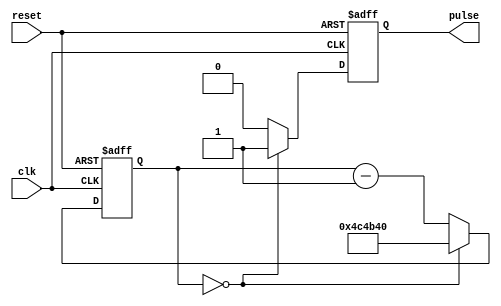
`timescale 1us / 1ns
//////////////////////////////////////////////////////////////////////////////////
// Company: 
// Engineer: 
// 
// Design Name: 
// Module Name: clock_divider
// Project Name: 
// Target Devices: 
// Tool Versions: 
// Description: 
// 
// Dependencies: 
// 
// Revision:
// Revision 0.01 - File Created
// Additional Comments:
// 
//////////////////////////////////////////////////////////////////////////////////


module clock_divider(
    input wire clk,
    input wire reset,
    output reg pulse // 1-clk long pulse every whateverlong
    );

parameter MAX_COUNT = 5000000;
parameter CTR_WIDTH = 24;

reg [CTR_WIDTH-1:0] count;

always @( negedge clk, posedge reset ) begin

    if ( reset ) begin
        count <= MAX_COUNT;
        pulse <= 0;
    end
    
    else begin
        if ( count == 0 ) begin
            count <= MAX_COUNT;
            pulse <= 1;
        end
        else begin
            count <= count - 1;
            pulse <= 0;
        end
    end
end

endmodule